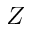
Z